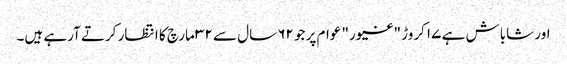
اور شاباش ہے ۱۷ کروڑ "غیور" عوام پر جو ۶۲ سال سے ۳۲ مارچ کا انتظار کرتے آرہے ہیں۔